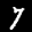
Label: 7